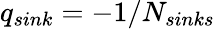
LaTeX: q_{sink}=-1/N_{sinks}